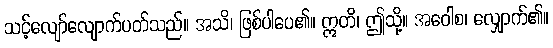
သင့်လျော်လျောက်ပတ်သည်။ အသိ၊ ဖြစ်ပါပေ၏။ ဣတိ၊ ဤသို့။ အဝေါစ၊ လျှောက်၏။